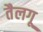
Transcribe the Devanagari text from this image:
तैलगू